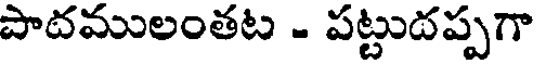
పాదములంతట - పట్టుదప్పగా